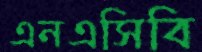
এনএসিবি